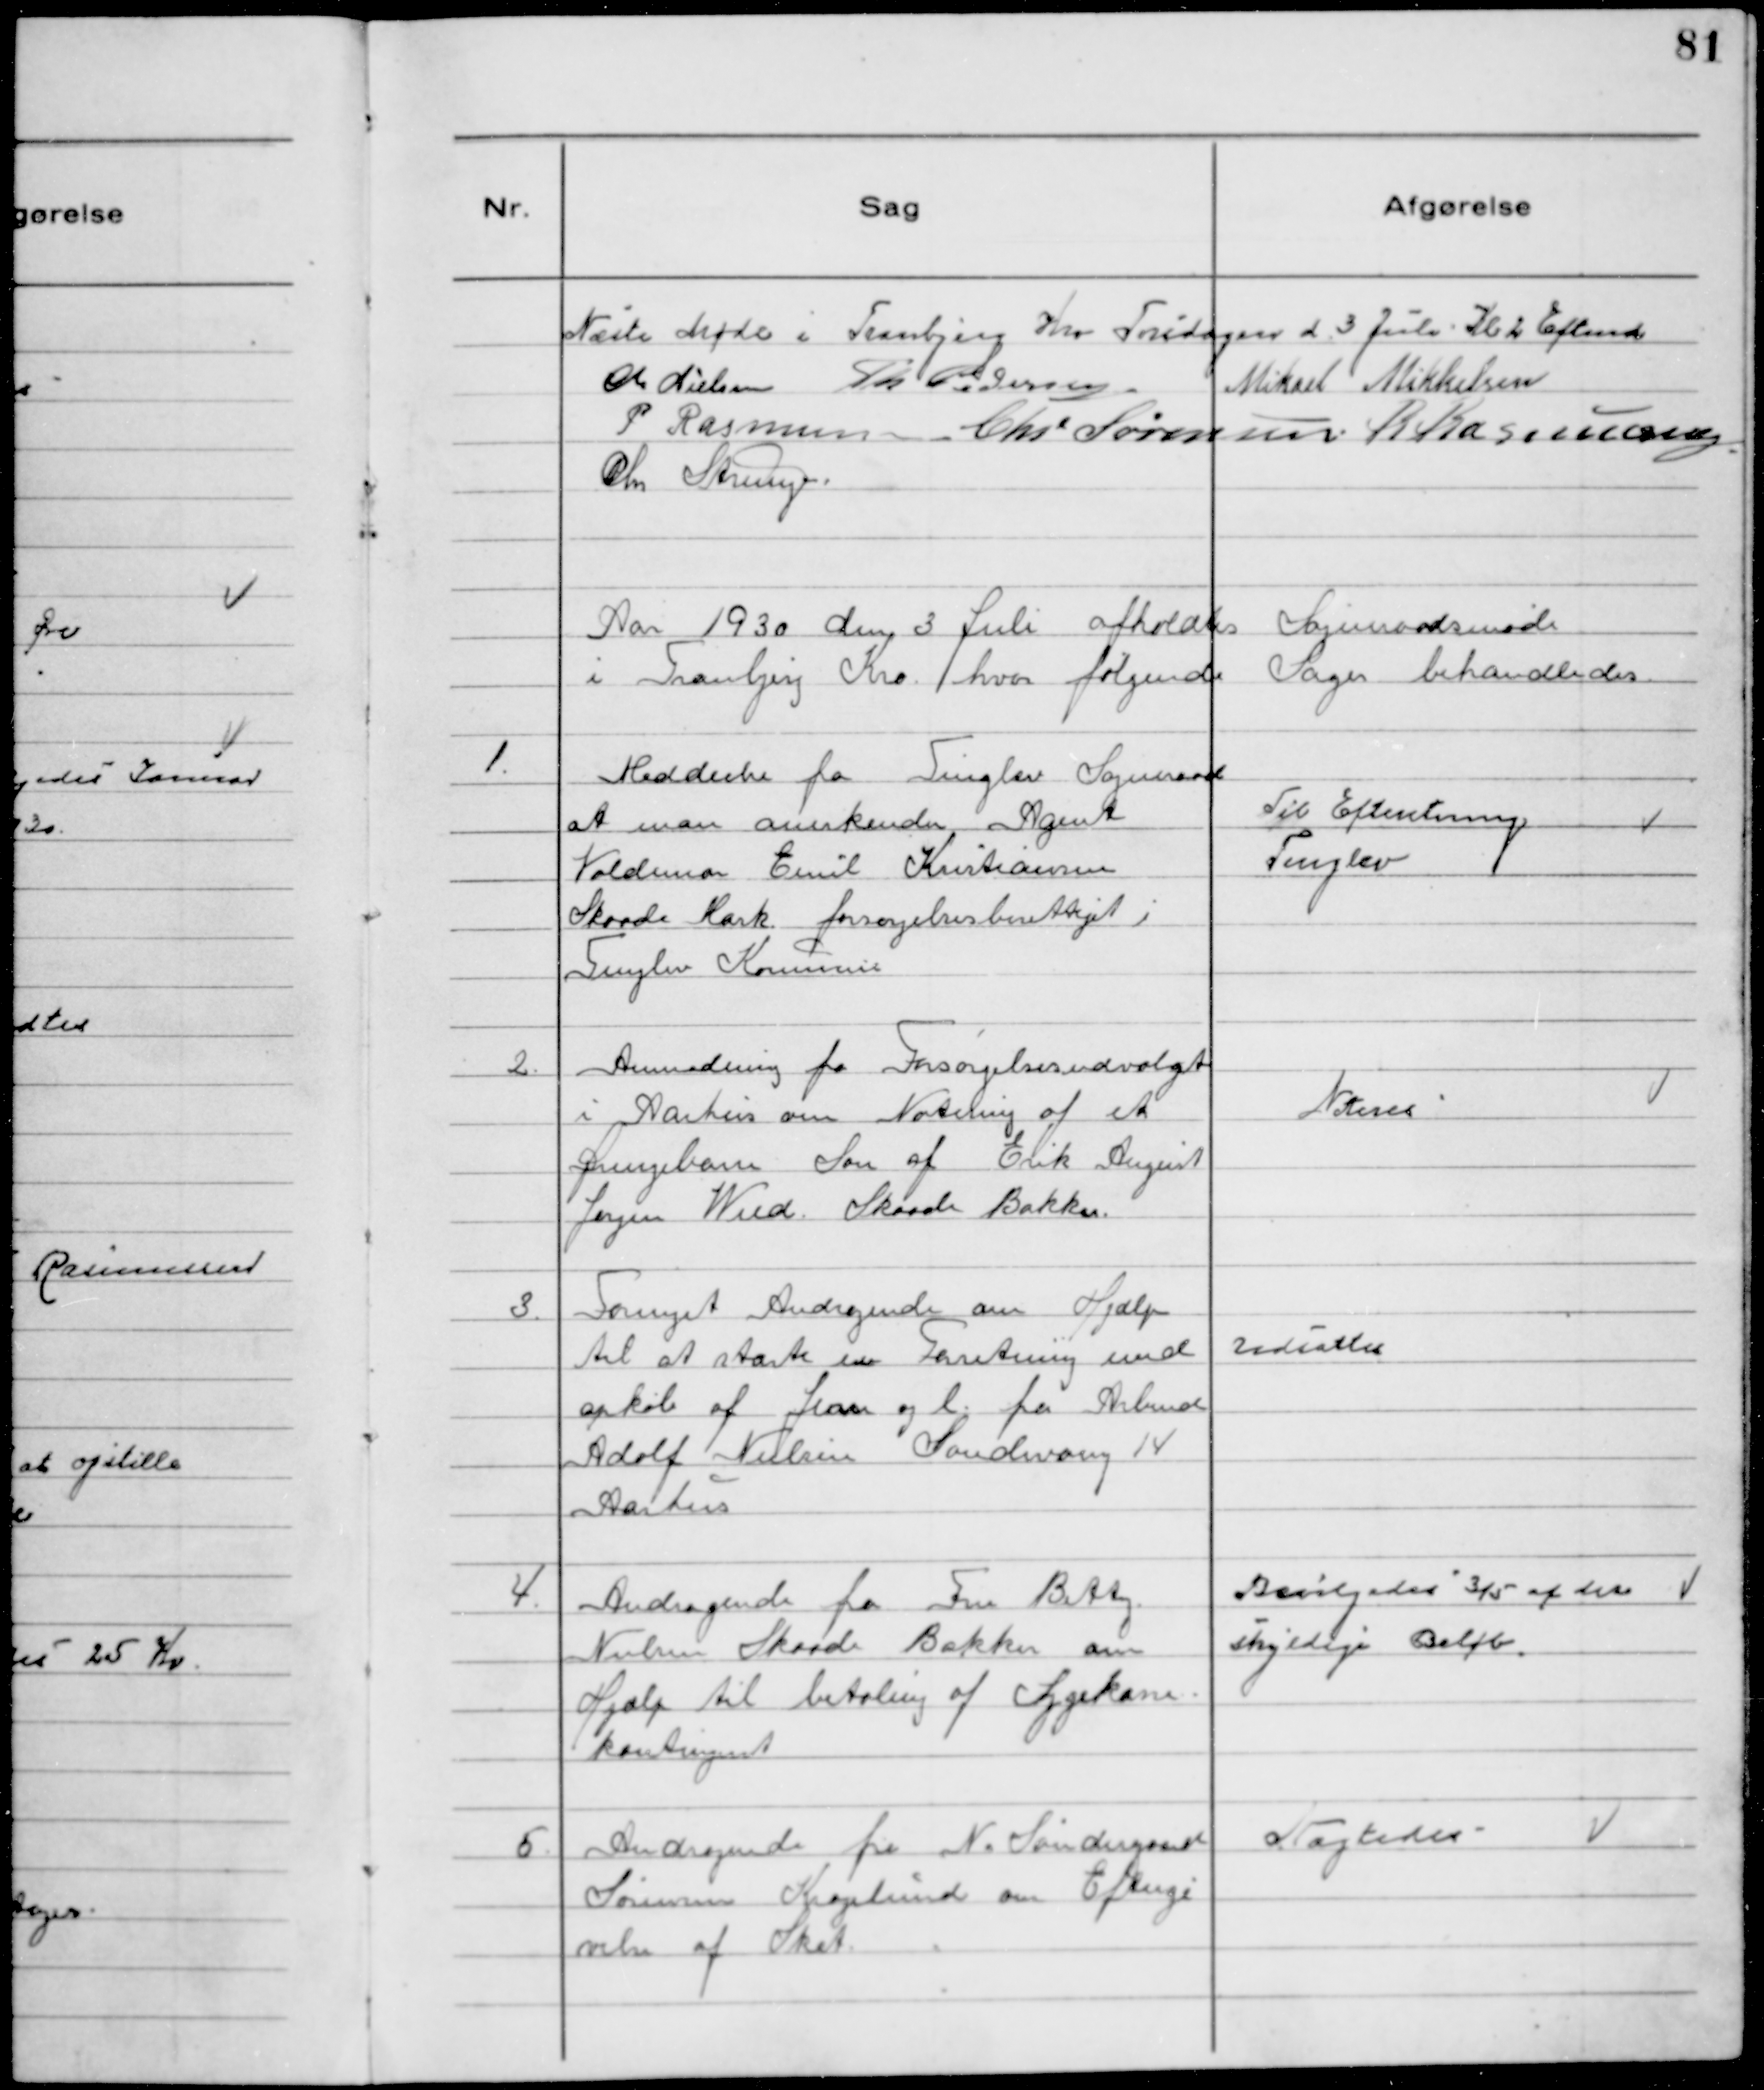
Transskription:
Næste Møde i Tranbjerg Kro Torsdagen d. 3 Juli Kl 2 Eftermd
Chr Nielsen Th Pedersen Mikael Mikkelsen
P Rasmussen Chr Sørensen. R Rasmussen.
Chr Strunge.

Aar 1930 den 3 Juli afholdtes Sogneraadsmøde
i Tranbjerg Kro hvor følgende Sager behandledes

1. Meddeelse fra Tinglev Sogneraad
at man anerkender Agent
Valdemar Emil Kristiansen
Skaade Mark forsørgelsesberettiget i
Tinglev Kommune

Til Efteretning
Tinglev

2. Anmodning fra Forsørgelsesudvalget
i Aarhus om Notering af et
Drengebarn Søn af Erik August
Jørgen Wied Skaade Bakker.

Noteres

3. Fornyet Andragende om Hjælp
til at starte en Forretning med
opkøb af Jern og l. fra Arbmd
Adolf Nielsen Søndervang 14
Aarhus

Udsattes

4. Andragende fra Fru Betty
Nielsen Skaade Bakker om
Hjælp til betaling af Sygekasse-
kontingent

Bevilgedes 3/5 af det
skyldige Beløb.

5. Andragende fra N. Søndergaard
Sørensen Kragelund om Eftergi
velse af Skat

Nægtedes